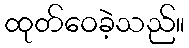
ထုတ်ဝေခဲ့သည်။